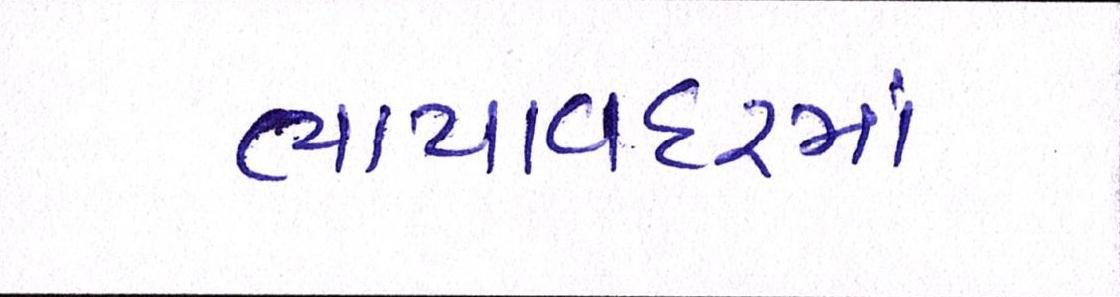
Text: ભાયાવદરમાં